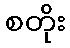
စတိုး